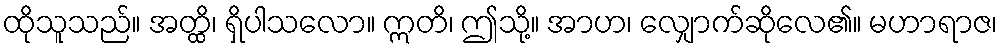
ထိုသူသည်။ အတ္ထိ၊ ရှိပါသလော။ ဣတိ၊ ဤသို့။ အာဟ၊ လျှောက်ဆိုလေ၏။ မဟာရာဇ၊